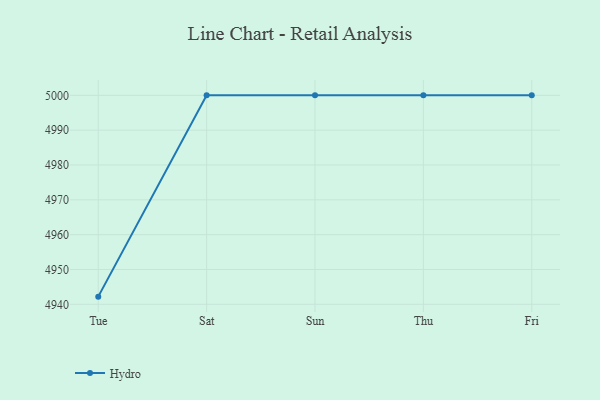
{"axis": {"x": "Day", "y": "Shipments"}, "legend": ["Hydro"], "data": [{"x": "Tue", "y": 4942.2, "type": "Hydro"}, {"x": "Sat", "y": 5000, "type": "Hydro"}, {"x": "Sun", "y": 5000, "type": "Hydro"}, {"x": "Thu", "y": 5000, "type": "Hydro"}, {"x": "Fri", "y": 5000, "type": "Hydro"}]}